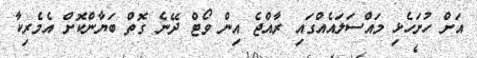
އަށް ހުށަހެޅި މައްސަލައެއްގައި ރާއްޖެ އިން ވޯޓް ދޭނެ ގޮތް ބަޔާންކޮށް އެމެރިކާ